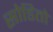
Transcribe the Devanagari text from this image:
सोडितो